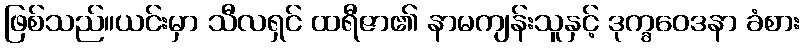
ဖြစ်သည်။ယင်းမှာ သီလရှင် ထရီဇာ၏ နာမကျန်းသူနှင့် ဒုက္ခဝေဒနာ ခံစား